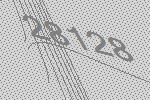
28128